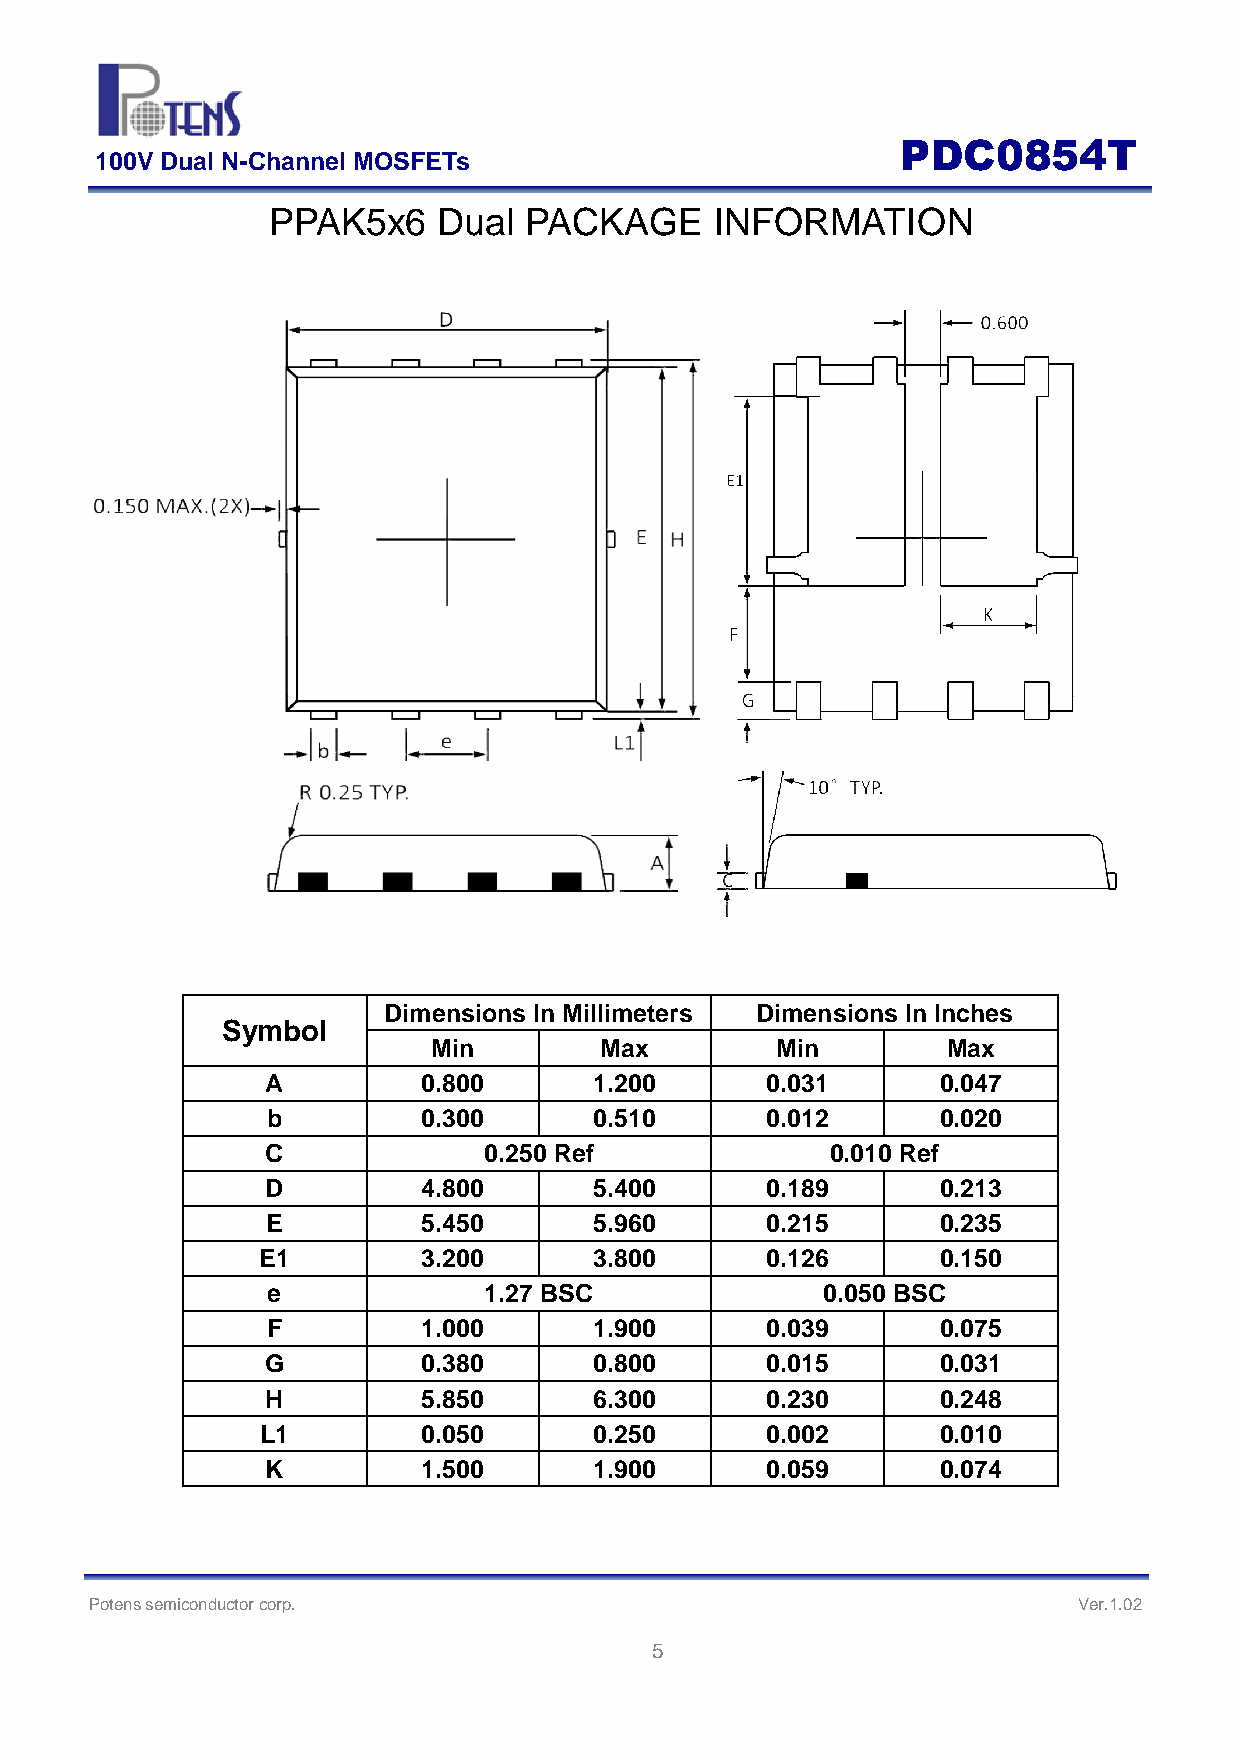
PDC0854T
 100V Dual N-Channel MOSFETs
 PPAK5x6    Dual  PACKAGE     INFORMATION
 Dimensions In Millimeters Dimensions In Inches
 Symbol
 Min        Max        Min         Max
 A         0.800      1.200       0.031      0.047
 b         0.300      0.510       0.012      0.020
 C             0.250 Ref              0.010 Ref
 D         4.800      5.400       0.189      0.213
 E         5.450      5.960       0.215      0.235
 E1         3.200      3.800       0.126      0.150
 e             1.27 BSC              0.050 BSC
 F         1.000      1.900       0.039      0.075
 G         0.380      0.800       0.015      0.031
 H         5.850      6.300       0.230      0.248
 L1         0.050      0.250       0.002      0.010
 K         1.500      1.900       0.059      0.074
 Potens semiconductor corp.                                       Ver.1.02
 5